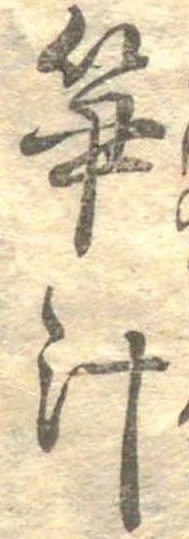
筍汁